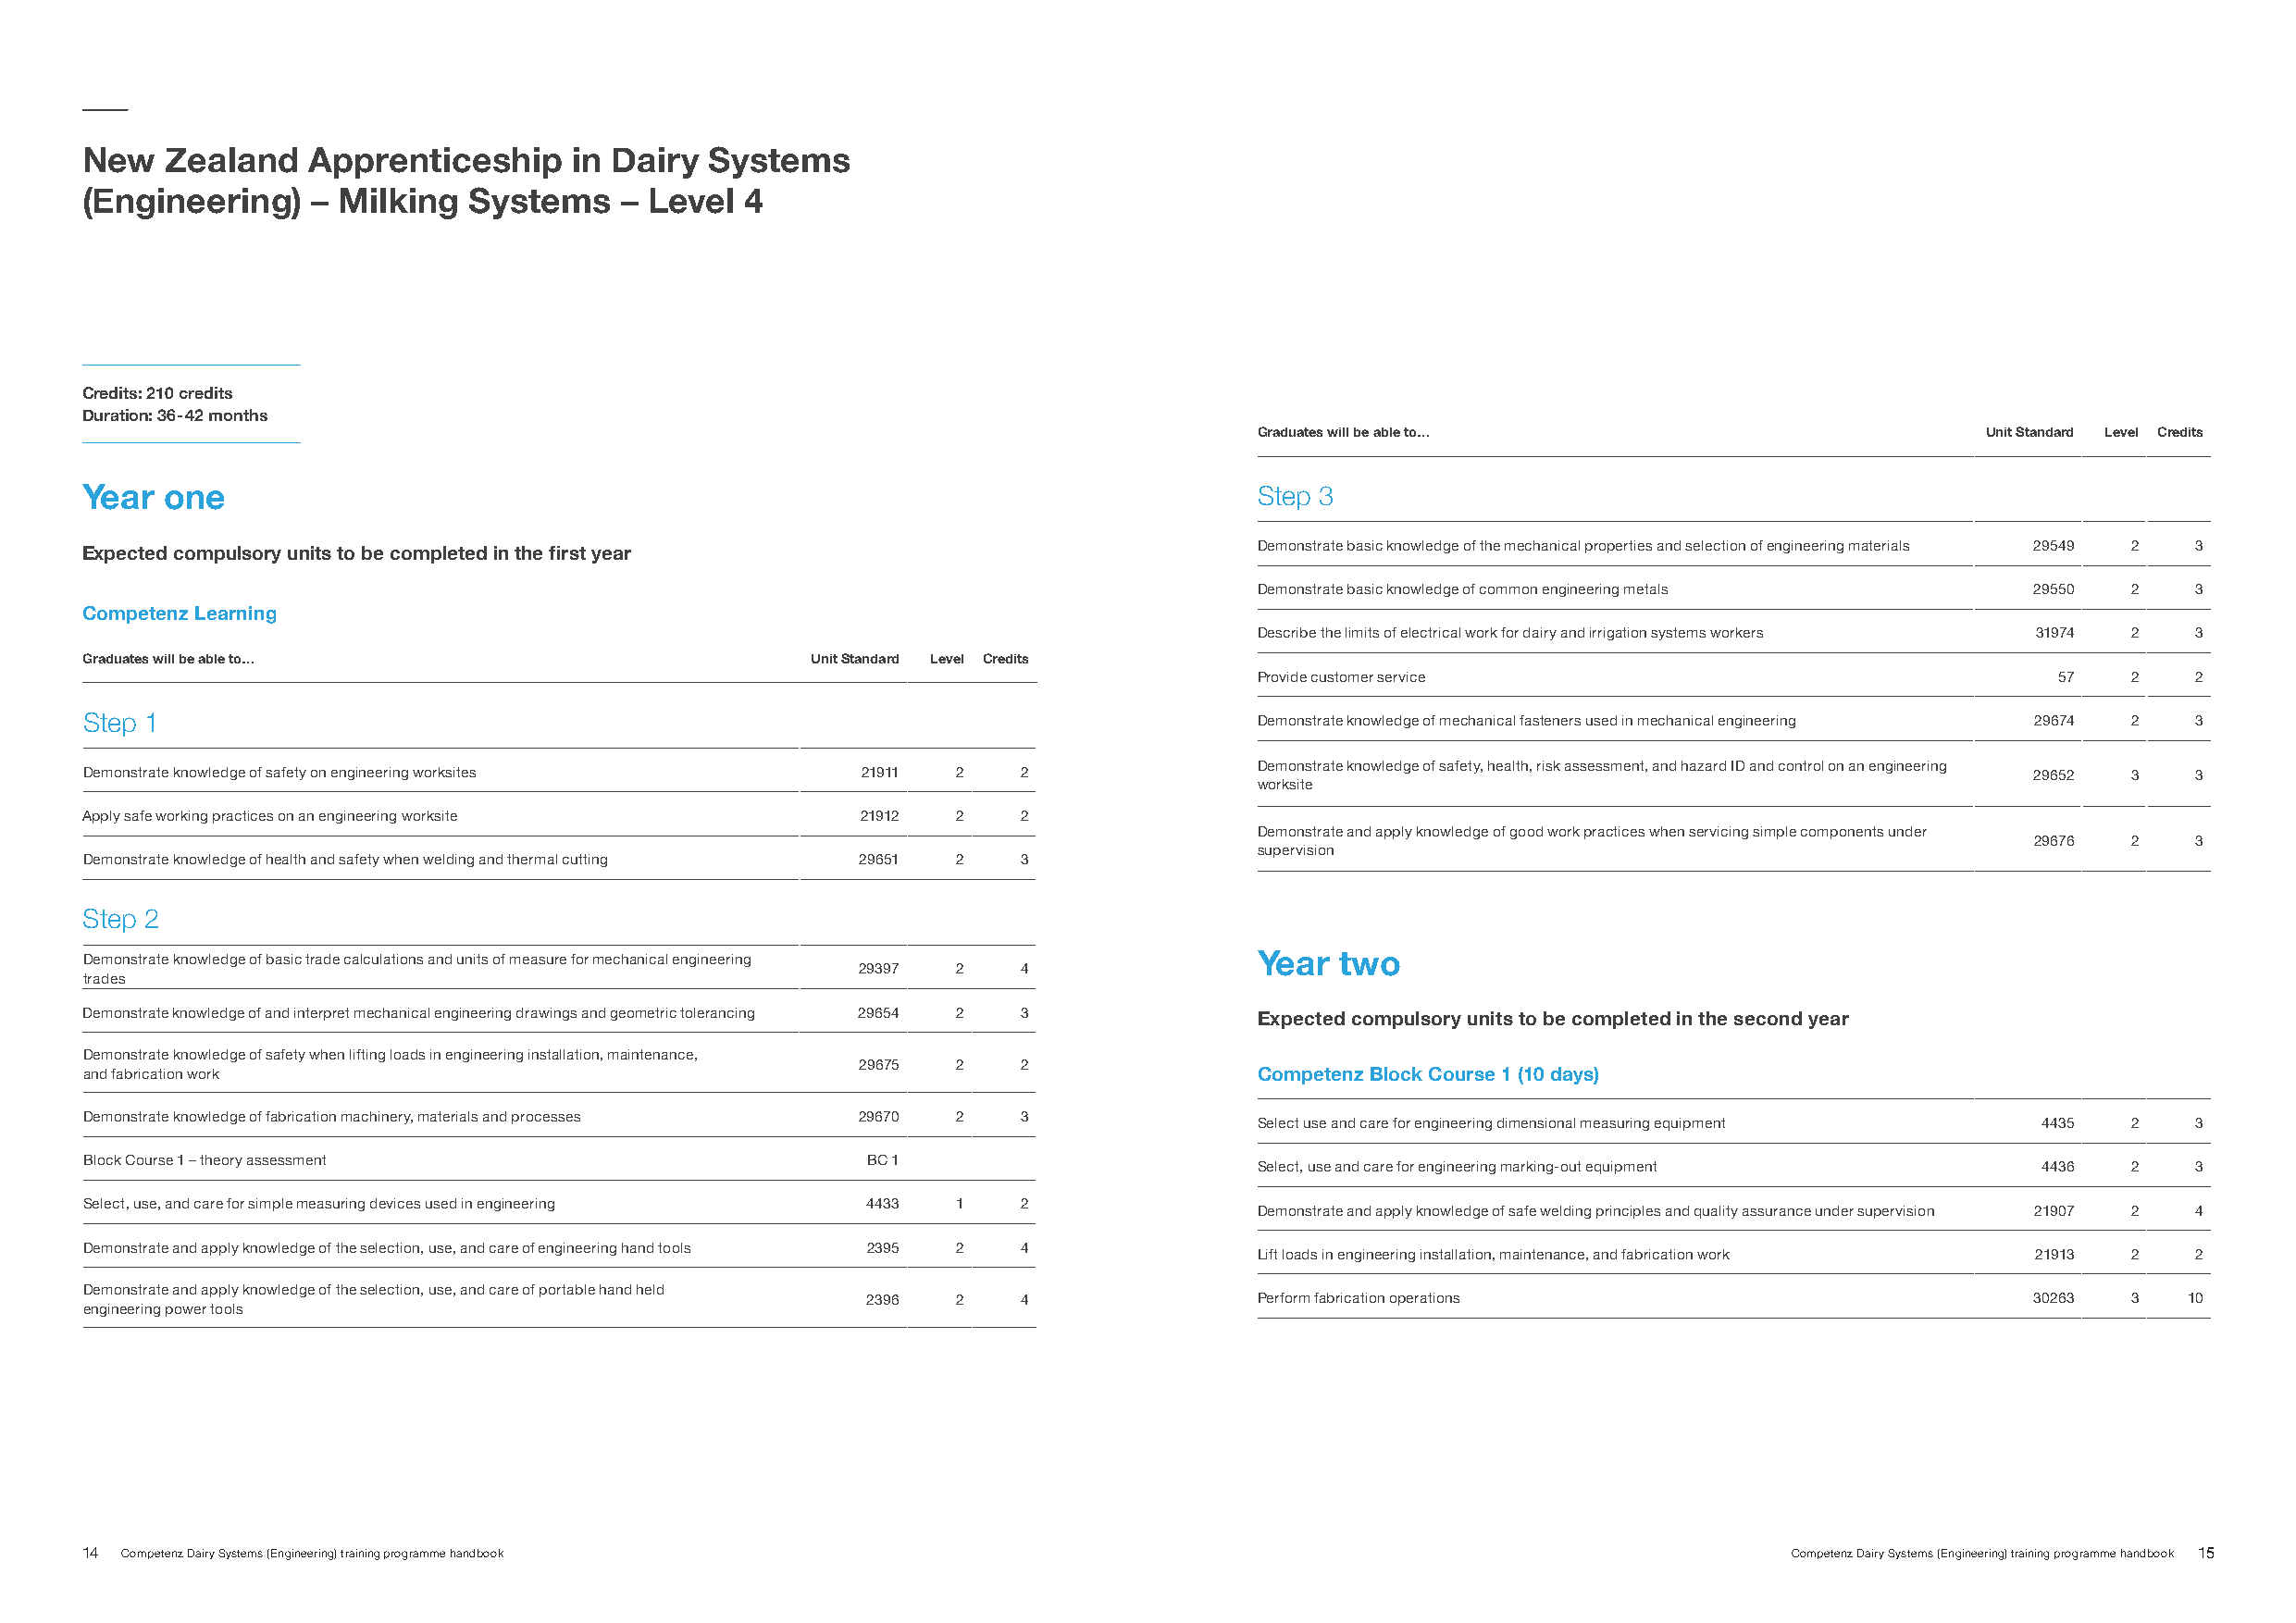
New   Zealand   Apprenticeship     in Dairy  Systems
 (Engineering)   – Milking   Systems   – Level  4
 Credits: 210 credits
 Duration: 36-42 months
 Graduates will be able to…                          Unit Standard Level Credits
 Year  one                                                                           Step 3
 Demonstrate basic knowledge of the mechanical properties and selection of engineering materials 29549 2 3
 Expected compulsory units to be completed in the first year
 Demonstrate basic knowledge of common engineering metals 29550 2   3
 Competenz Learning
 Describe the limits of electrical work for dairy and irrigation systems workers 31974 2 3
 Graduates will be able to…                          Unit Standard Level Credits
 Provide customer service                                 57   2    2
 Step 1                                                                              Demonstrate knowledge of mechanical fasteners used in mechanical engineering 29674 2 3
 Demonstrate knowledge of safety, health, risk assessment, and hazard ID and control on an engineering
 Demonstrate knowledge of safety on engineering worksites 21911 2   2                                                                       29652  3    3
 worksite
 Apply safe working practices on an engineering worksite 21912 2    2
 Demonstrate and apply knowledge of good work practices when servicing simple components under
 29676  2    3
 supervision
 Demonstrate knowledge of health and safety when welding and thermal cutting 29651 2 3
 Step 2
 Demonstrate knowledge of basic trade calculations and units of measure for mechanical engineering Year two
 29397  2    4
 trades
 Demonstrate knowledge of and interpret mechanical engineering drawings and geometric tolerancing 29654 2 3 Expected compulsory units to be completed in the second year
 Demonstrate knowledge of safety when lifting loads in engineering installation, maintenance,
 29675  2    2
 and fabrication work                                                                Competenz Block Course 1 (10 days)
 Demonstrate knowledge of fabrication machinery, materials and processes 29670 2 3
 Select use and care for engineering dimensional measuring equipment 4435 2 3
 Block Course 1 – theory assessment                      BC 1
 Select, use and care for engineering marking-out equipment 4436 2  3
 Select, use, and care for simple measuring devices used in engineering 4433 1 2
 Demonstrate and apply knowledge of safe welding principles and quality assurance under supervision 21907 2 4
 Demonstrate and apply knowledge of the selection, use, and care of engineering hand tools 2395 2 4
 Lift loads in engineering installation, maintenance, and fabrication work 21913 2 2
 Demonstrate and apply knowledge of the selection, use, and care of portable hand held
 2396  2    4                Perform fabrication operations                         30263  3   10
 engineering power tools
 14 Competenz Dairy Systems (Engineering) training programme handbook                                                      Competenz Dairy Systems (Engineering) training programme handbook 15